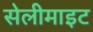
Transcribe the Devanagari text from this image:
सेलीमाइट